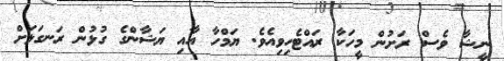
ނީޝާ ވެސް ރަށުން މީހަކާ ރައްޓެހިވިއެވެ. ޔަމްހާ އާއި ޔަޝާންގެ ގުޅުން ރަނގަޅަށް